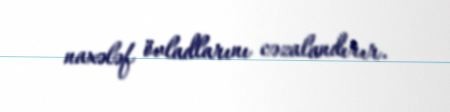
naxələf övladlarını cəzalandırır.